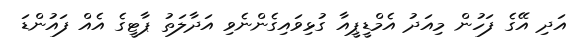
އަދި އޭގެ ފަހުން މިއަދު އެމްޑީޕީއާ ގުޅިވައިގެންނެވި އަދާލަތު ޕާޓީގެ އެއް ފައުންޑަ